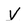
Character: V